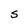
Character: S